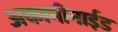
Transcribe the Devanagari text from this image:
अकामीनाईड